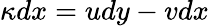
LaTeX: \kappa dx=udy-vdx